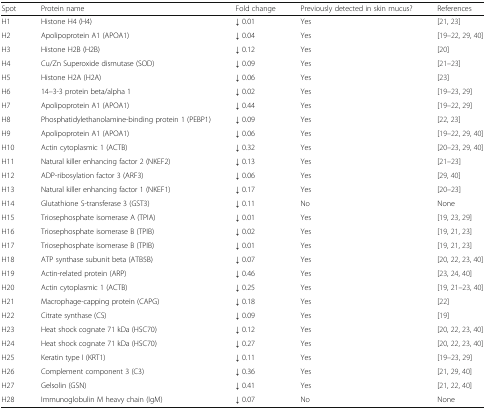
<table><thead><tr><td><b>Spot</b></td><td><b>Protein name</b></td><td><b>Fold change</b></td><td><b>Previously detected in skin mucus?</b></td><td><b>References</b></td></tr></thead><tbody><tr><td>H1</td><td>Histone H4 (H4)</td><td>↓ 0.01</td><td>Yes</td><td>[21, 23]</td></tr><tr><td>H2</td><td>Apolipoprotein A1 (APOA1)</td><td>↓ 0.04</td><td>Yes</td><td>[19–22, 29, 40]</td></tr><tr><td>H3</td><td>Histone H2B (H2B)</td><td>↓ 0.12</td><td>Yes</td><td>[20]</td></tr><tr><td>H4</td><td>Cu/Zn Superoxide dismutase (SOD)</td><td>↓ 0.09</td><td>Yes</td><td>[21–23]</td></tr><tr><td>H5</td><td>Histone H2A (H2A)</td><td>↓ 0.06</td><td>Yes</td><td>[23]</td></tr><tr><td>H6</td><td>14–3-3 protein beta/alpha 1</td><td>↓ 0.02</td><td>Yes</td><td>[19–23, 29]</td></tr><tr><td>H7</td><td>Apolipoprotein A1 (APOA1)</td><td>↓ 0.44</td><td>Yes</td><td>[19–22, 29]</td></tr><tr><td>H8</td><td>Phosphatidylethanolamine-binding protein 1 (PEBP1)</td><td>↓ 0.09</td><td>Yes</td><td>[22, 23]</td></tr><tr><td>H9</td><td>Apolipoprotein A1 (APOA1)</td><td>↓ 0.06</td><td>Yes</td><td>[19–22, 29, 40]</td></tr><tr><td>H10</td><td>Actin cytoplasmic 1 (ACTB)</td><td>↓ 0.32</td><td>Yes</td><td>[20–23, 29, 40]</td></tr><tr><td>H11</td><td>Natural killer enhancing factor 2 (NKEF2)</td><td>↓ 0.13</td><td>Yes</td><td>[21–23]</td></tr><tr><td>H12</td><td>ADP-ribosylation factor 3 (ARF3)</td><td>↓ 0.06</td><td>Yes</td><td>[29, 40]</td></tr><tr><td>H13</td><td>Natural killer enhancing factor 1 (NKEF1)</td><td>↓ 0.17</td><td>Yes</td><td>[20–23]</td></tr><tr><td>H14</td><td>Glutathione S-transferase 3 (GST3)</td><td>↓ 0.11</td><td>No</td><td>None</td></tr><tr><td>H15</td><td>Triosephosphate isomerase A (TPIA)</td><td>↓ 0.01</td><td>Yes</td><td>[19, 23, 29]</td></tr><tr><td>H16</td><td>Triosephosphate isomerase B (TPIB)</td><td>↓ 0.02</td><td>Yes</td><td>[19, 21, 23]</td></tr><tr><td>H17</td><td>Triosephosphate isomerase B (TPIB)</td><td>↓ 0.01</td><td>Yes</td><td>[19, 21, 23]</td></tr><tr><td>H18</td><td>ATP synthase subunit beta (ATB5B)</td><td>↓ 0.07</td><td>Yes</td><td>[20, 22, 23, 40]</td></tr><tr><td>H19</td><td>Actin-related protein (ARP)</td><td>↓ 0.46</td><td>Yes</td><td>[23, 24, 40]</td></tr><tr><td>H20</td><td>Actin cytoplasmic 1 (ACTB)</td><td>↓ 0.25</td><td>Yes</td><td>[19, 21–23, 40]</td></tr><tr><td>H21</td><td>Macrophage-capping protein (CAPG)</td><td>↓ 0.18</td><td>Yes</td><td>[22]</td></tr><tr><td>H22</td><td>Citrate synthase (CS)</td><td>↓ 0.09</td><td>Yes</td><td>[19]</td></tr><tr><td>H23</td><td>Heat shock cognate 71 kDa (HSC70)</td><td>↓ 0.12</td><td>Yes</td><td>[20, 22, 23, 40]</td></tr><tr><td>H24</td><td>Heat shock cognate 71 kDa (HSC70)</td><td>↓ 0.27</td><td>Yes</td><td>[20, 22, 23, 40]</td></tr><tr><td>H25</td><td>Keratin type I (KRT1)</td><td>↓ 0.11</td><td>Yes</td><td>[19–23, 29]</td></tr><tr><td>H26</td><td>Complement component 3 (C3)</td><td>↓ 0.36</td><td>Yes</td><td>[21, 29, 40]</td></tr><tr><td>H27</td><td>Gelsolin (GSN)</td><td>↓ 0.41</td><td>Yes</td><td>[21, 22, 40]</td></tr><tr><td>H28</td><td>Immunoglobulin M heavy chain (IgM)</td><td>↓ 0.07</td><td>No</td><td>None</td></tr></tbody></table>